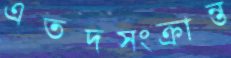
এতদসংক্রান্ত